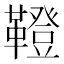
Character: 𩍐